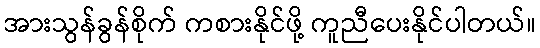
အားသွန်ခွန်စိုက် ကစားနိုင်ဖို့ ကူညီပေးနိုင်ပါတယ်။